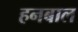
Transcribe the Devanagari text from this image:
हनबाल